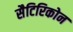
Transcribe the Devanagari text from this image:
सैटिरिकोन